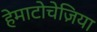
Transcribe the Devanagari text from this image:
हेमाटोचेज़िया